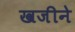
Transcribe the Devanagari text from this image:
खजीने